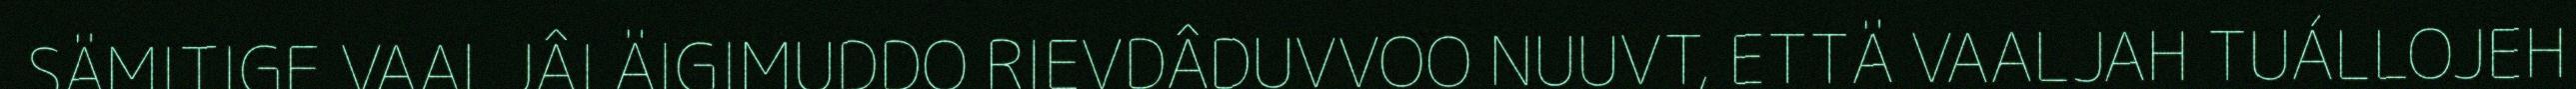
SÄMITIGE VAALJÂI ÄIGIMUDDO RIEVDÂDUVVOO NUUVT, ETTÄ VAALJAH TUÁLLOJEH